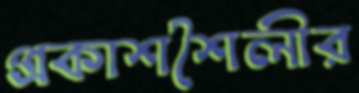
প্রকাশশৈলীর